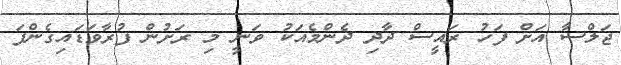
ޖަލްސާ އަށް ފަހު ރައީސް ދާދި ދެންމެއަކު ވަނީ މި ރަށުން ފުރާވަޑައިގެންފަ